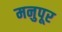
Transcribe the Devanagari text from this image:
मनुपूर